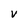
Character: v